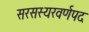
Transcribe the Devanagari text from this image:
सरसस्यरवर्णपद